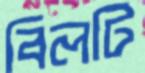
বিলটি